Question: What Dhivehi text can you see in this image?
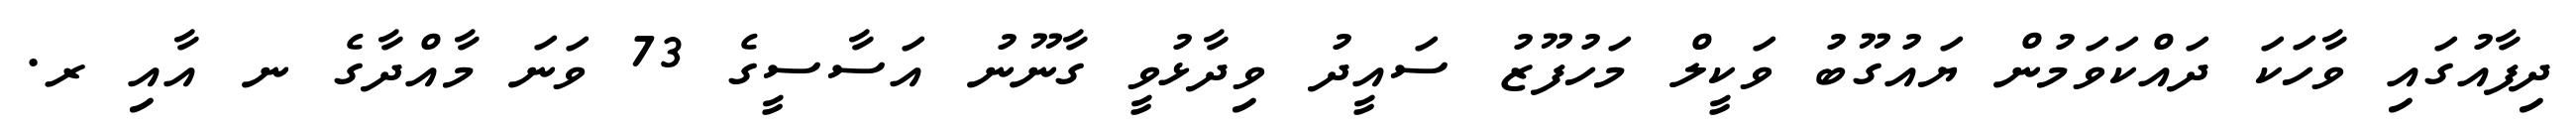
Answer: ދިފާއުގައި ވާހަކަ ދައްކަވަމުން ޔައުގޫބު ވަކީލް މަހުފޫޒު ސައީދު ވިދާޅުވީ ގާނޫނު އަސާސީގެ 73 ވަނަ މާއްދާގެ ނ އާއި ރ.